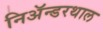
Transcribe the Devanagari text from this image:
निअॅन्डरथाल